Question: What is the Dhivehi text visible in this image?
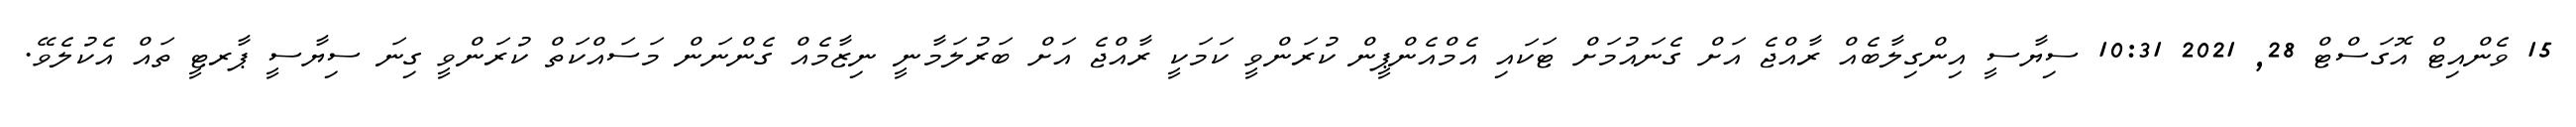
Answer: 15 ވެންއިޓް އޮގަސްޓް 28, 2021 10:31 ސިޔާސީ އިންގިލާބެއް ރާއްޖެ އަށް ގެނައުމަށް ޓަކައި އެމްއެންޕީން ކުރަންވީ ކަމަކީ ރާއްޖެ އަށް ބަރުލަމާނީ ނިޒާމެއް ގެންނަން މަސައްކަތް ކުރަންވީ ގިނަ ސިޔާސީ ޕާރޓީ ތައް އެކުލެވޭ.